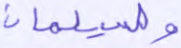
ولسليمان